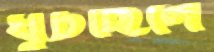
ঘুচছিলে